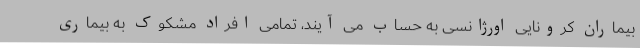
بیماران کرونایی اورژانسی به حساب می آیند، تمامی افراد مشکوک به بیماری